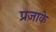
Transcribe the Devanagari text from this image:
प्रजाके